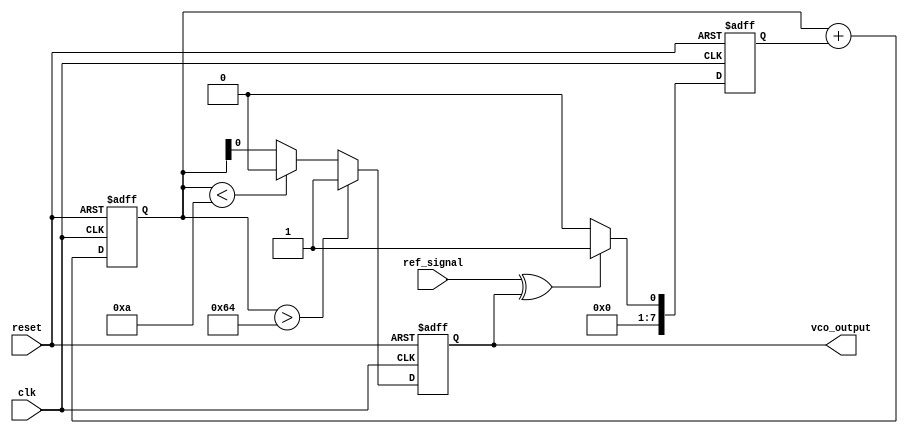
module MemoryBlocksAnalogPLL (
    input wire clk,               // Main clock
    input wire reset,             // Reset signal
    input wire ref_signal,        // Reference signal input
    output reg vco_output         // VCO output signal
);

// Parameters
parameter MEMORY_DEPTH = 8;     // Depth of memory blocks
parameter PHASE_ERR_WIDTH = 8;  // Width of phase error signal
parameter VCO_MAX_FREQ = 100;   // Max frequency for VCO
parameter VCO_MIN_FREQ = 10;    // Min frequency for VCO

// Internal signals
reg [PHASE_ERR_WIDTH-1:0] phase_error; // Phase error signal
reg [7:0] control_voltage;              // Control voltage for VCO
reg [7:0] memory [0:MEMORY_DEPTH-1];   // Memory blocks for phase information
integer mem_index;                     // Memory index

// Phase Detector (PD)
always @(posedge clk or posedge reset) begin
    if (reset) begin
        phase_error <= 0;
    end else begin
        // Simple phase comparison logic (example)
        phase_error <= (ref_signal ^ vco_output) ? 1 : 0;
    end
end

// Loop Filter
always @(posedge clk or posedge reset) begin
    if (reset) begin
        control_voltage <= 0;
    end else begin
        // Simple loop filter logic (example)
        control_voltage <= control_voltage + phase_error; // Integrate phase error
    end
end

// Voltage-Controlled Oscillator (VCO)
always @(posedge clk or posedge reset) begin
    if (reset) begin
        vco_output <= 0;
    end else begin
        // Control VCO output frequency based on control voltage
        if (control_voltage > VCO_MAX_FREQ) begin
            vco_output <= 1; // Max frequency
        end else if (control_voltage < VCO_MIN_FREQ) begin
            vco_output <= 0; // Min frequency
        end else begin
            vco_output <= control_voltage; // Scale VCO output
        end
    end
end

// Memory Blocks
always @(posedge clk or posedge reset) begin
    if (reset) begin
        for (mem_index = 0; mem_index < MEMORY_DEPTH; mem_index = mem_index + 1) begin
            memory[mem_index] <= 0; // Initialize memory
        end
    end else begin
        // Store current control voltage in memory
        memory[mem_index] <= control_voltage;
        mem_index <= (mem_index + 1) % MEMORY_DEPTH; // Circular buffer
    end
end

endmodule